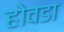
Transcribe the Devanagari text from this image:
होवडा